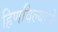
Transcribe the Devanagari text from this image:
हिणविल्याने